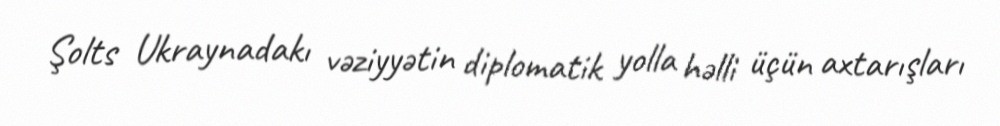
Şolts Ukraynadakı vəziyyətin diplomatik yolla həlli üçün axtarışları